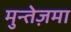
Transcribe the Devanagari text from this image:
मुन्तेज़मा